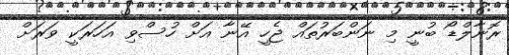
ރޮނާލްޑޯ ބުނީ މި ނަންބަރުތައް ޖެހީ އޭނާ އަށް ހުސްވި އަހަރަކީ ވަރަށް